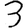
Digit: 3